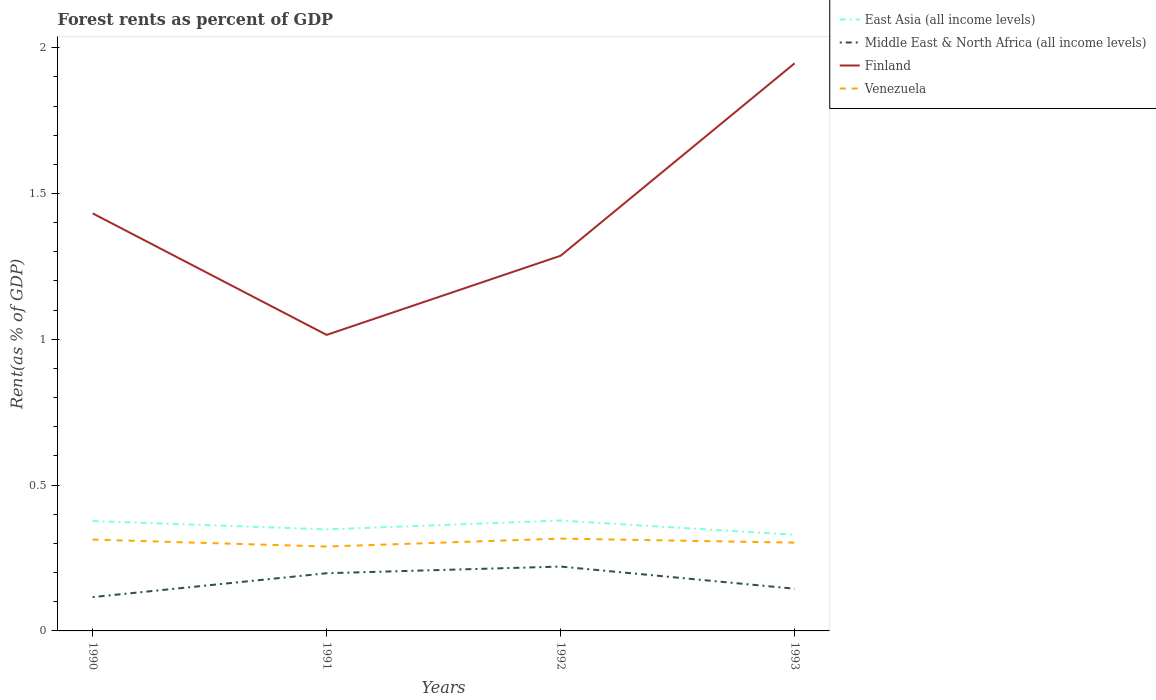
| Years | East Asia (all income levels) | Middle East & North Africa (all income levels) | Finland | Venezuela |
 | --- | --- | --- | --- | --- |
 | 1990 | 0.377 | 0.116 | 1.43 | 0.313 |
 | 1991 | 0.348 | 0.198 | 1.02 | 0.289 |
 | 1992 | 0.379 | 0.221 | 1.29 | 0.317 |
 | 1993 | 0.33 | 0.145 | 1.95 | 0.303 |